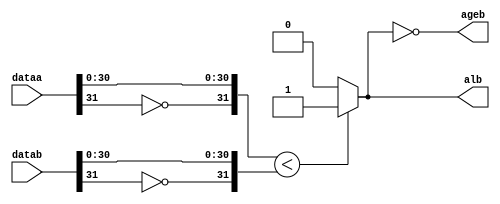
module  ALU_COMPARE_cmpr
	( 
	ageb,
	alb,
	dataa,
	datab) /* synthesis synthesis_clearbox=1 */;
	output   ageb;
	output   alb;
	input   [31:0]  dataa;
	input   [31:0]  datab;
`ifndef ALTERA_RESERVED_QIS
// synopsys translate_off
`endif
	tri0   [31:0]  dataa;
	tri0   [31:0]  datab;
`ifndef ALTERA_RESERVED_QIS
// synopsys translate_on
`endif

	reg	wire_alb_int;
	wire	[31:0]	dataa_int;
	wire	[31:0]	datab_int;

	assign
		dataa_int = {~dataa[31:31], dataa[30:0]},
		datab_int = {~datab[31:31], datab[30:0]};
	always @(dataa_int or datab_int)
	begin
		if (dataa_int < datab_int) 
			begin
				wire_alb_int = 1'b1;
			end
		else
			begin
				wire_alb_int = 1'b0;
			end
	end
	assign
		alb = wire_alb_int,
		ageb = !wire_alb_int;
endmodule
module ALU_COMPARE (
	dataa,
	datab,
	ageb,
	alb)/* synthesis synthesis_clearbox = 1 */;

	input	[31:0]  dataa;
	input	[31:0]  datab;
	output	  ageb;
	output	  alb;

	wire  sub_wire0;
	wire  sub_wire1;
	wire  ageb = sub_wire0;
	wire  alb = sub_wire1;

	ALU_COMPARE_cmpr	ALU_COMPARE_cmpr_component (
				.dataa (dataa),
				.datab (datab),
				.ageb (sub_wire0),
				.alb (sub_wire1));

endmodule